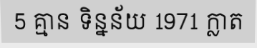
5 គ្មាន ទិន្នន័យ 1971 ក្លាត